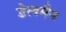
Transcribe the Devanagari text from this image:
डेलमैन